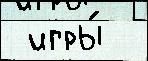
 игры́